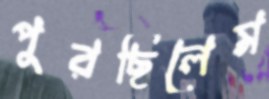
পুরছিলেম